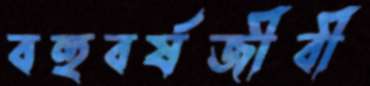
বহুবর্ষজীবী